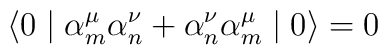
\langle 0 \mid {\alpha}_m^{\mu} {\alpha}_n^{\nu} +{\alpha}_n^{\nu} {\alpha}_m^{\mu} \mid 0 \rangle = 0